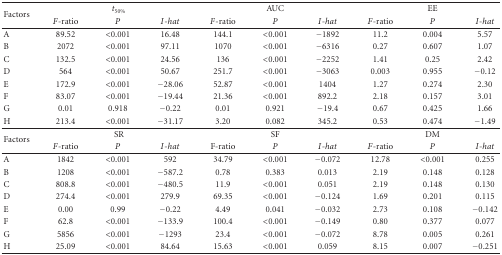
<table><thead><tr><td rowspan="2"><b>Factors</b></td><td colspan="3"><b><i>t</i><sub>50%</sub></b></td><td colspan="3"><b>AUC</b></td><td colspan="3"><b>EE</b></td></tr><tr><td><b><i>F</i>-ratio</b></td><td><b><i>P</i></b></td><td><b><i>I</i>-<i>hat</i></b></td><td><b><i>F</i>-ratio</b></td><td><b><i>P</i></b></td><td><b><i>I</i>-<i>hat</i></b></td><td><b><i>F</i>-ratio</b></td><td><b><i>P</i></b></td><td><b><i>I</i>-<i>hat</i></b></td></tr></thead><tbody><tr><td>A</td><td>89.52</td><td>&lt;0.001</td><td>16.48</td><td>144.1</td><td>&lt;0.001</td><td>−1892</td><td>11.2</td><td>0.004</td><td>5.57</td></tr><tr><td>B</td><td>2072</td><td> &lt;0.001</td><td>97.11</td><td>1070</td><td> &lt;0.001</td><td>−6316</td><td>0.27</td><td>0.607</td><td>1.07</td></tr><tr><td>C</td><td>132.5</td><td>&lt;0.001</td><td>24.56</td><td>136</td><td>&lt;0.001</td><td>−2252</td><td>1.41</td><td>0.25</td><td>2.42</td></tr><tr><td>D</td><td>564</td><td> &lt;0.001</td><td>50.67</td><td>251.7</td><td> &lt;0.001</td><td>−3063</td><td>0.003</td><td>0.955</td><td>−0.12</td></tr><tr><td>E</td><td>172.9</td><td>&lt;0.001</td><td>−28.06</td><td>52.87</td><td>&lt;0.001</td><td>1404</td><td>1.27</td><td>0.274</td><td>2.30</td></tr><tr><td>F</td><td>83.07</td><td> &lt;0.001</td><td>−19.44</td><td>21.36</td><td> &lt;0.001</td><td>892.2</td><td>2.18</td><td>0.157</td><td>3.01</td></tr><tr><td>G</td><td>0.01</td><td>0.918</td><td>−0.22</td><td>0.01</td><td>0.921</td><td>−19.4</td><td>0.67</td><td>0.425</td><td>1.66</td></tr><tr><td>H</td><td>213.4</td><td> &lt;0.001</td><td>−31.17</td><td>3.20</td><td> 0.082</td><td>345.2</td><td>0.53</td><td>0.474</td><td>−1.49</td></tr><tr><td rowspan="2">Factors</td><td colspan="3">SR</td><td colspan="3">SF</td><td colspan="3">DM</td></tr><tr><td><i>F</i>-ratio</td><td><i>P</i></td><td><i>I</i>-<i>hat</i></td><td>F-ratio</td><td><i>P</i></td><td><i>I</i>-<i>hat</i></td><td><i>F</i>-ratio</td><td><i>P</i></td><td><i>I</i>-<i>hat</i></td></tr><tr><td>A</td><td>1842</td><td>&lt;0.001</td><td>592</td><td>34.79</td><td>&lt;0.001</td><td>−0.072</td><td>12.78</td><td>&lt;0.001</td><td>0.255</td></tr><tr><td>B</td><td>1208</td><td> &lt;0.001</td><td>−587.2</td><td>0.78</td><td>0.383</td><td>0.013</td><td>2.19</td><td> 0.148</td><td>0.128</td></tr><tr><td>C</td><td>808.8</td><td>&lt;0.001</td><td>−480.5</td><td>11.9</td><td>&lt;0.001</td><td>0.051</td><td>2.19</td><td>0.148</td><td>0.130</td></tr><tr><td>D</td><td>274.4</td><td> &lt;0.001</td><td>279.9</td><td>69.35</td><td>&lt;0.001</td><td>−0.124</td><td>1.69</td><td>0.201</td><td>0.115</td></tr><tr><td>E</td><td>0.00</td><td>0.99</td><td>−0.22</td><td>4.49</td><td> 0.041</td><td>−0.032</td><td>2.73</td><td>0.108</td><td>−0.142</td></tr><tr><td>F</td><td>62.8</td><td> &lt;0.001</td><td>−133.9</td><td>100.4</td><td>&lt;0.001</td><td>−0.149</td><td>0.80</td><td>0.377</td><td>0.077</td></tr><tr><td>G</td><td>5856</td><td>&lt;0.001</td><td>−1293</td><td>23.4</td><td> &lt;0.001</td><td>−0.072</td><td>8.78</td><td>0.005</td><td>0.261</td></tr><tr><td>H</td><td>25.09</td><td> &lt;0.001</td><td>84.64</td><td>15.63</td><td>&lt;0.001</td><td>0.059</td><td>8.15</td><td>0.007</td><td>−0.251</td></tr></tbody></table>